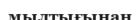
мылтығынан